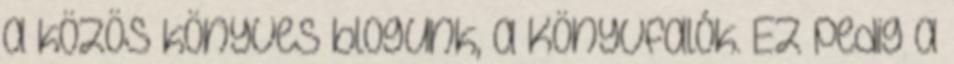
a közös könyves blogunk, a Könyvfalók. Ez pedig a